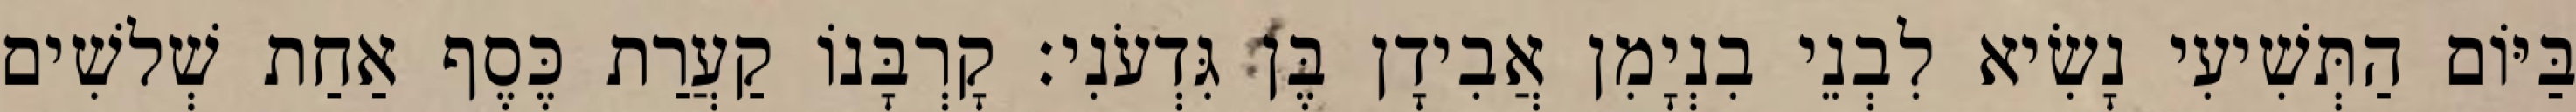
בַּיּוֹם הַתְּשִׁיעִי נָשִׂיא לִבְנֵי בִנְיָמִן אֲבִידָן בֶּן גִּדְעֹנִי׃ קָרְבָּנוֹ קַעֲרַת כֶּסֶף אַחַת שְׁלשִׁים